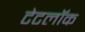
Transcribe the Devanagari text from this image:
टेटलॉक